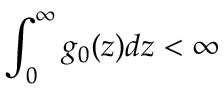
\int _ { 0 } ^ { \infty } g _ { 0 } ( z ) d z < \infty